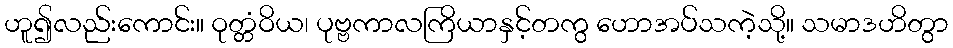
ဟူ၍လည်းကောင်း။ ဝုတ္တံဝိယ၊ ပုဗ္ဗကာလကြိယာနှင့်တကွ ဟောအပ်သကဲ့သို့။ သမာဒဟိတွာ